Scottish Certificate of Education, 1962
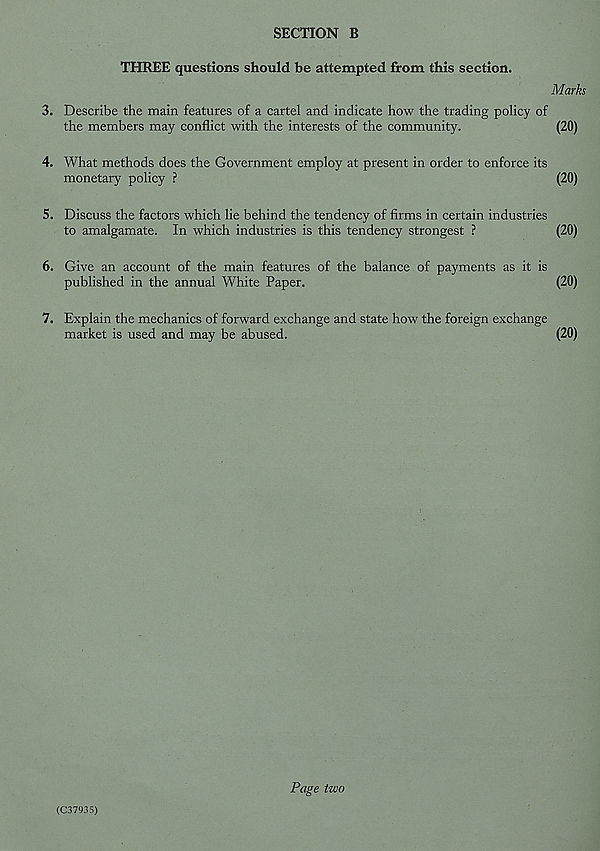
SECTION B
THREE questions should be attempted from this section.
Marks
3. Describe the main features of a cartel and indicate how the trading policy of
the members may conflict with the interests of the community.
(20)
4. What methods does the Government employ at present in order to enforce its
monetary policy ?
(20)
5. Discuss the factors which lie behind the tendency of firms in certain industries
to amalgamate. In which industries is this tendency strongest ?
(20)
6. Give an account of the main features of the balance of payments as it is
published in the annual White Paper.
(20)
7. Explain the mechanics of forward exchange and state how the foreign exchange
market is used and may be abused.
(20)
Page two
(C37935)